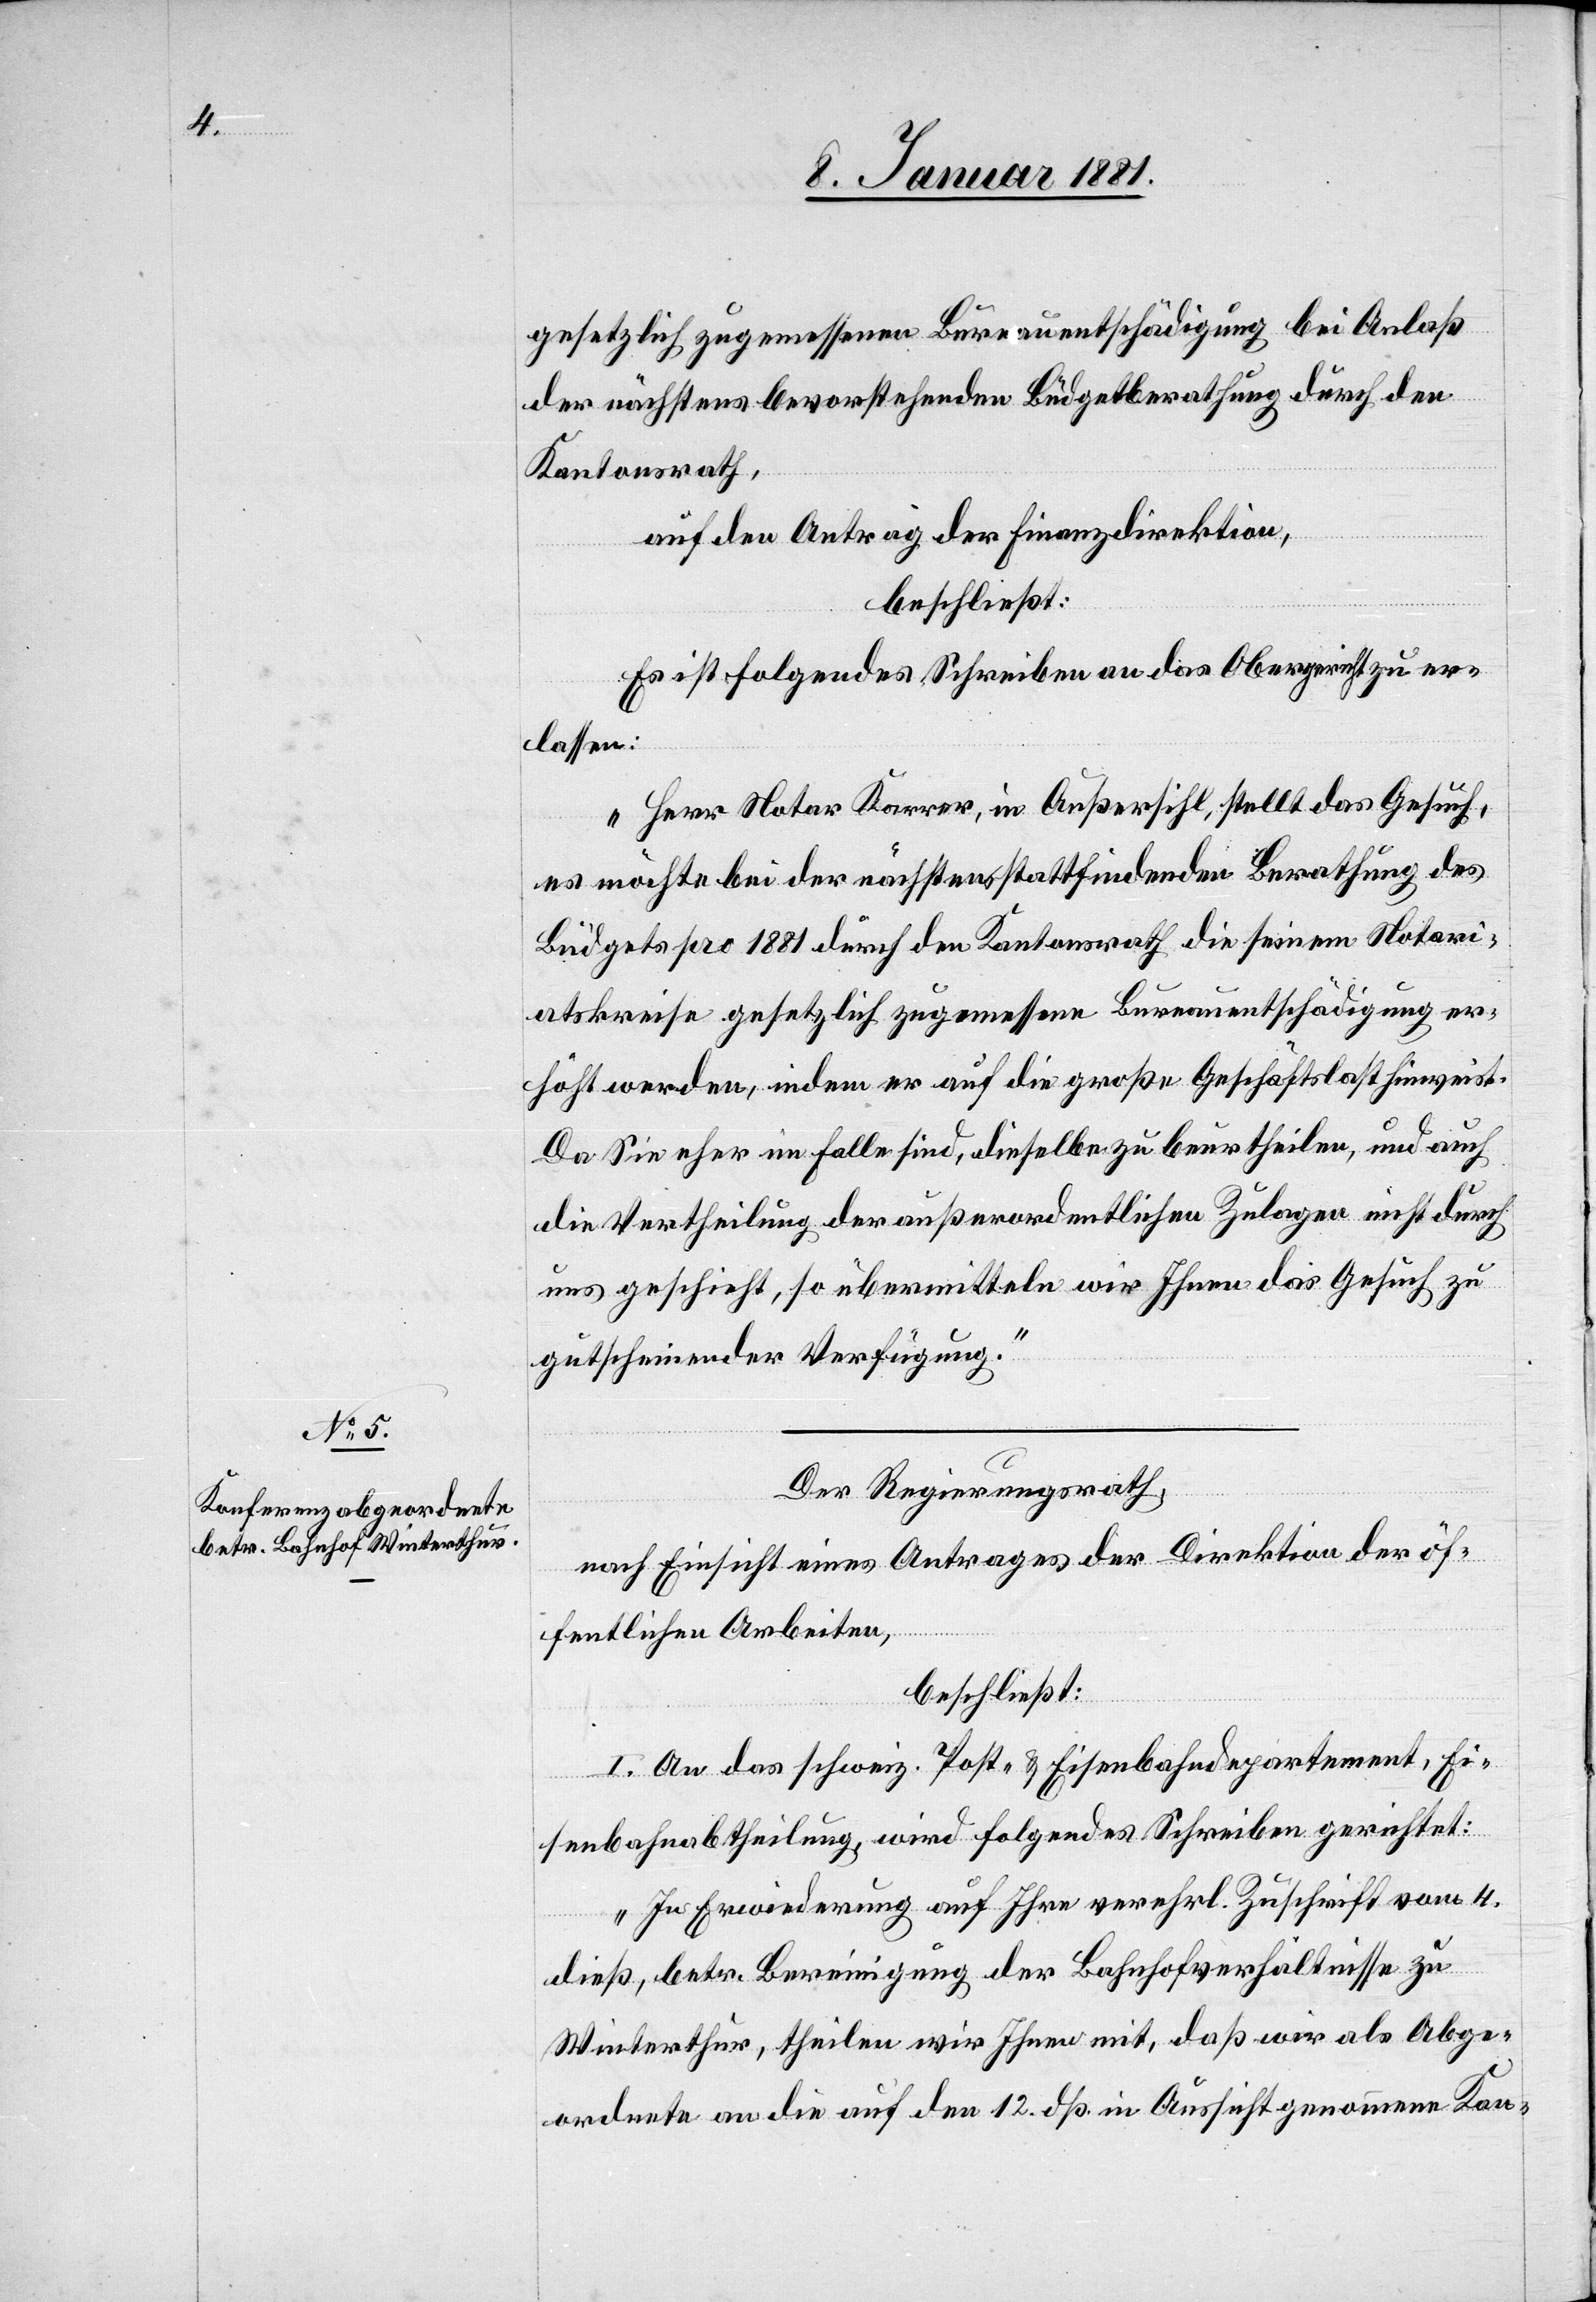
gesetzlich zugemessenen Bureauentschädigung bei Anlaß
der nächstens bevorstehenden Büdgetberathung durch den
Kantonsrath,
auf den Antrag der Finanzdirektion,
beschließt:
Es ist folgendes Schreiben an das Obergericht zu er¬
lassen:
„Herr Notar Karrer, in Außersihl, stellt das Gesuch,
es möchte bei der nächstens stattfindenden Berathung des
Büdgets pro 1881 durch den Kantonsrath die seinem Notari¬
atskreise gesetzlich zugemessene Bureauentschädigung er¬
höht werden, indem er auf die große Geschäftslast hinweist.
Da Sie eher im Falle sind, dieselbe zu beurtheilen, und auch
die Vertheilung der außerordentlichen Zulagen nicht durch
uns geschieht, so übermitteln wir Ihnen das Gesuch zu
gutscheinender Verfügung.“
Der Regierungsrath,
nach Einsicht eines Antrages der Direktion der öf¬
fentlichen Arbeiten,
beschließt:
I. An das schweiz. Post- und Eisenbahndepartement, Ei¬
senbahnabtheilung, wird folgendes Schreiben gerichtet:
„In Erwiederung auf Ihre verehrl. Zuschrift vom 4.
dieß, betr. Bereinigung der Bahnhofverhältnisse zu
Winterthur, theilen wir Ihnen mit, daß wir als Abge¬
ordnete an die auf den 12. dß. in Aussicht genommene Kon-